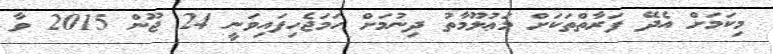
މިކަމަށް އެދޭ ފަރާތްތަކަށް މަޢުލޫމާތު ދިނުމަށް ހަމަޖެހިފައިވަނީ 24 ޖޫން 2015 ވާ